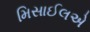
મિસાઈલએ